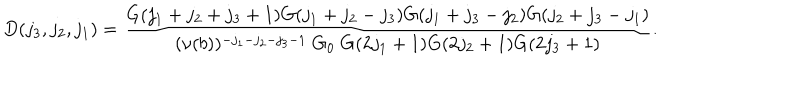
D ( j _ { 3 } , j _ { 2 } , j _ { 1 } ) = \frac { G ( j _ { 1 } + j _ { 2 } + j _ { 3 } + 1 ) G ( j _ { 1 } + j _ { 2 } - j _ { 3 } ) G ( j _ { 1 } + j _ { 3 } - j _ { 2 } ) G ( j _ { 2 } + j _ { 3 } - j _ { 1 } ) } { ( \nu ( b ) ) ^ { - j _ { 1 } - j _ { 2 } - j _ { 3 } - 1 } \; G _ { 0 } \; G ( 2 j _ { 1 } + 1 ) G ( 2 j _ { 2 } + 1 ) G ( 2 j _ { 3 } + 1 ) } .